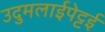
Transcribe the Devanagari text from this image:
उदुमलाईपेट्टई